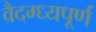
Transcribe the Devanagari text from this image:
वैदग्ध्यपूर्ण